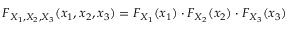
F _ { X _ { 1 } , X _ { 2 } , X _ { 3 } } ( x _ { 1 } , x _ { 2 } , x _ { 3 } ) = F _ { X _ { 1 } } ( x _ { 1 } ) \cdot F _ { X _ { 2 } } ( x _ { 2 } ) \cdot F _ { X _ { 3 } } ( x _ { 3 } )